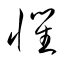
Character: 懼